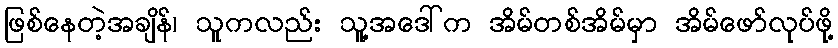
ဖြစ်နေတဲ့အချိန်၊ သူကလည်း သူ့အဒေါ်က အိမ်တစ်အိမ်မှာ အိမ်ဖော်လုပ်ဖို့